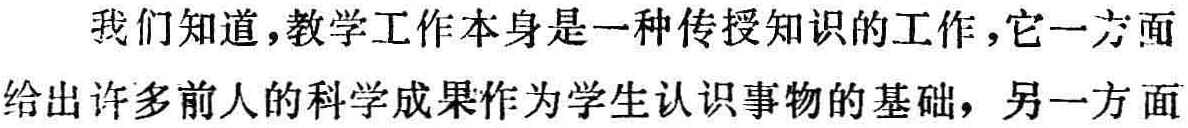
我们知道，教学工作本身是一种传授知识的工作，它一方面给出许多前人的科学成果作为学生认识事物的基础，另一方面